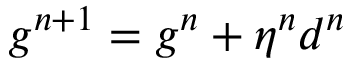
g ^ { n + 1 } = g ^ { n } + \eta ^ { n } d ^ { n }